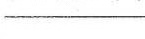
___